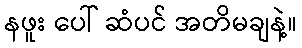
နဖူး ပေါ် ဆံပင် အတိမချနဲ့။